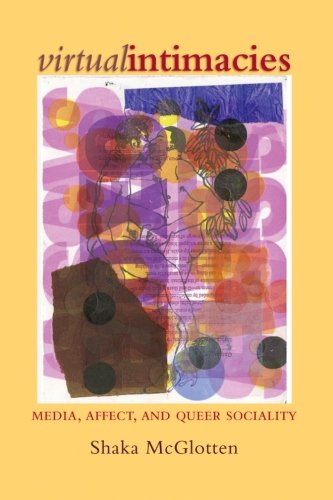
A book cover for Virtual Intimacies: Media, Affect, and Queer Sociality; Shaka McGlotten; Politics & Social Sciences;